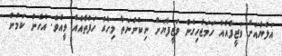
އަލްޔާއަށް ވަޒީފާއެއް ހަމަޖެހިގެން ވަޒީފާޔަށް ނިކުންނަތާ މިހާރު ހަފުތާއެއް ވީއެވެ. އެހެން ކަމުން